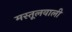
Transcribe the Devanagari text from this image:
मस्तूलवाली